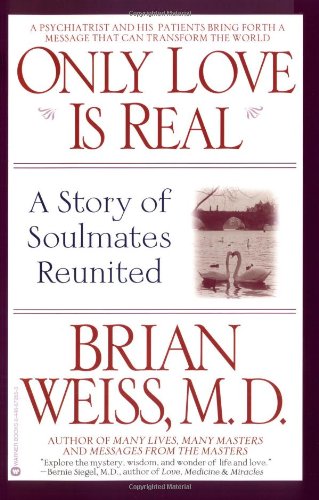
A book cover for Only Love Is Real: A Story of Soulmates Reunited; Brian Weiss; Religion & Spirituality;